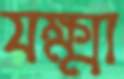
যক্ষ্মা